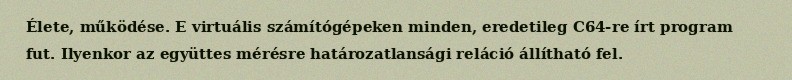
Élete, működése. E virtuális számítógépeken minden, eredetileg C64-re írt program fut. Ilyenkor az együttes mérésre határozatlansági reláció állítható fel.